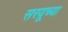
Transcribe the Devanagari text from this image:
सरयूच्या